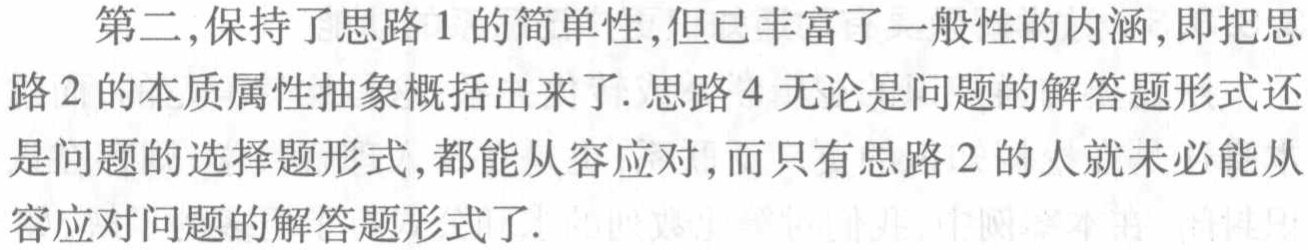
第二,保持了思路1的简单性,但已丰富了一般性的内涵,即把思路2的本质属性抽象概括出来了. 思路4无论是问题的解答题形式还是问题的选择题形式,都能从容应对,而只有思路2的人就未必能从容应对问题的解答题形式了.